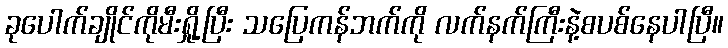
ခုပေါက်ချိုင်ကိုမီးရှို့ပြီး သပြေကန်ဘက်ကို လက်နက်ကြီးနဲ့စပစ်နေပါပြီ။